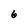
Character: 6